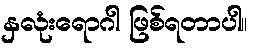
နှလုံးရောဂါ ဖြစ်ရတာပါ။